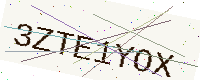
Text: 3ZTE1YOX